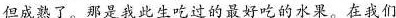
但成熟了。那是我此生吃过的最好吃的水果。在我们